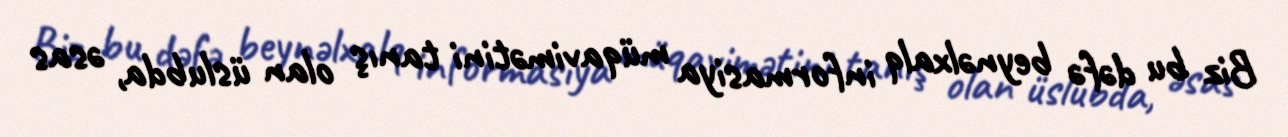
Biz bu dəfə beynəlxalq informasiya müqavimətini tanış olan üslubda, əsas